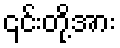
၎င်းတို့အား